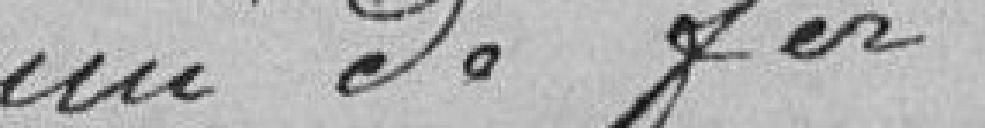
chemin de fer.